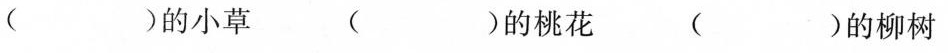
( )的小草 ( )的桃花 ( )的柳树